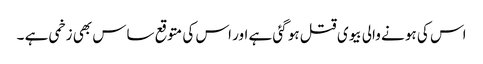
اس کی ہو نے والی بیوی قتل ہو گئی ہے اور اس کی متوقع ساس بھی زخمی ہے ۔